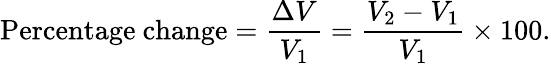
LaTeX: {\mathrm{Percentage~change}}={\frac{\Delta V}{V_{1}}}={\frac{V_{2}-V_{1}}{V_{1}}}\times 100.